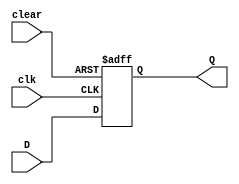
module D_FF_with_Clear (
    input clear,
    input clk,
    input D,
    output reg Q
);

always @ (posedge clk or posedge clear)
begin
    if (clear)
        Q <= 1'b0;
    else
        Q <= D;
end

endmodule